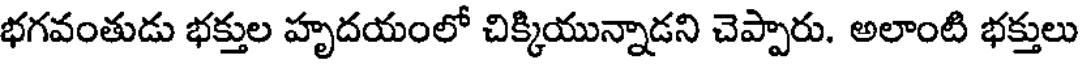
భగవంతుడు భక్తుల హృదయంలో చిక్కియున్నాడని చెప్పారు. అలాంటి భక్తులు